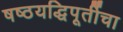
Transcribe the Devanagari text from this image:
षष्ठयद्धिपूर्तीचा